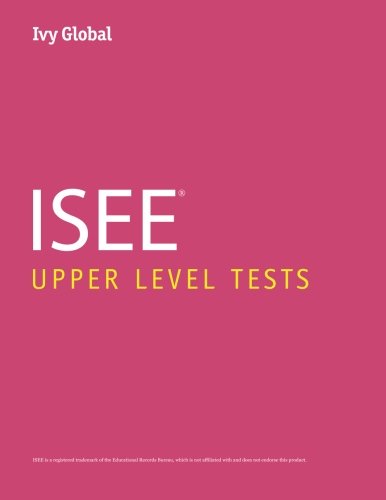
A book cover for Ivy Global ISEE Upper Level Tests; Ivy Global; Test Preparation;